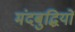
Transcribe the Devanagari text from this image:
मंदबुद्धियों